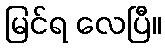
မြင်ရ လေပြီ။